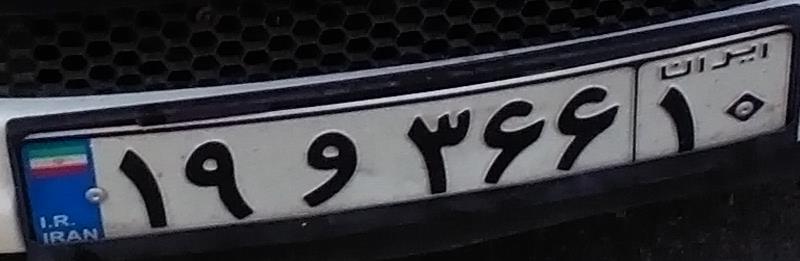
۱۹و۳۶۶۱۰